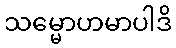
သမ္မောဟမာပါဒိ